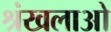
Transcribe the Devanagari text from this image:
श्रंखलाओ